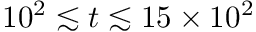
1 0 ^ { 2 } \lesssim t \lesssim 1 5 \times 1 0 ^ { 2 }